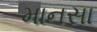
માનસા